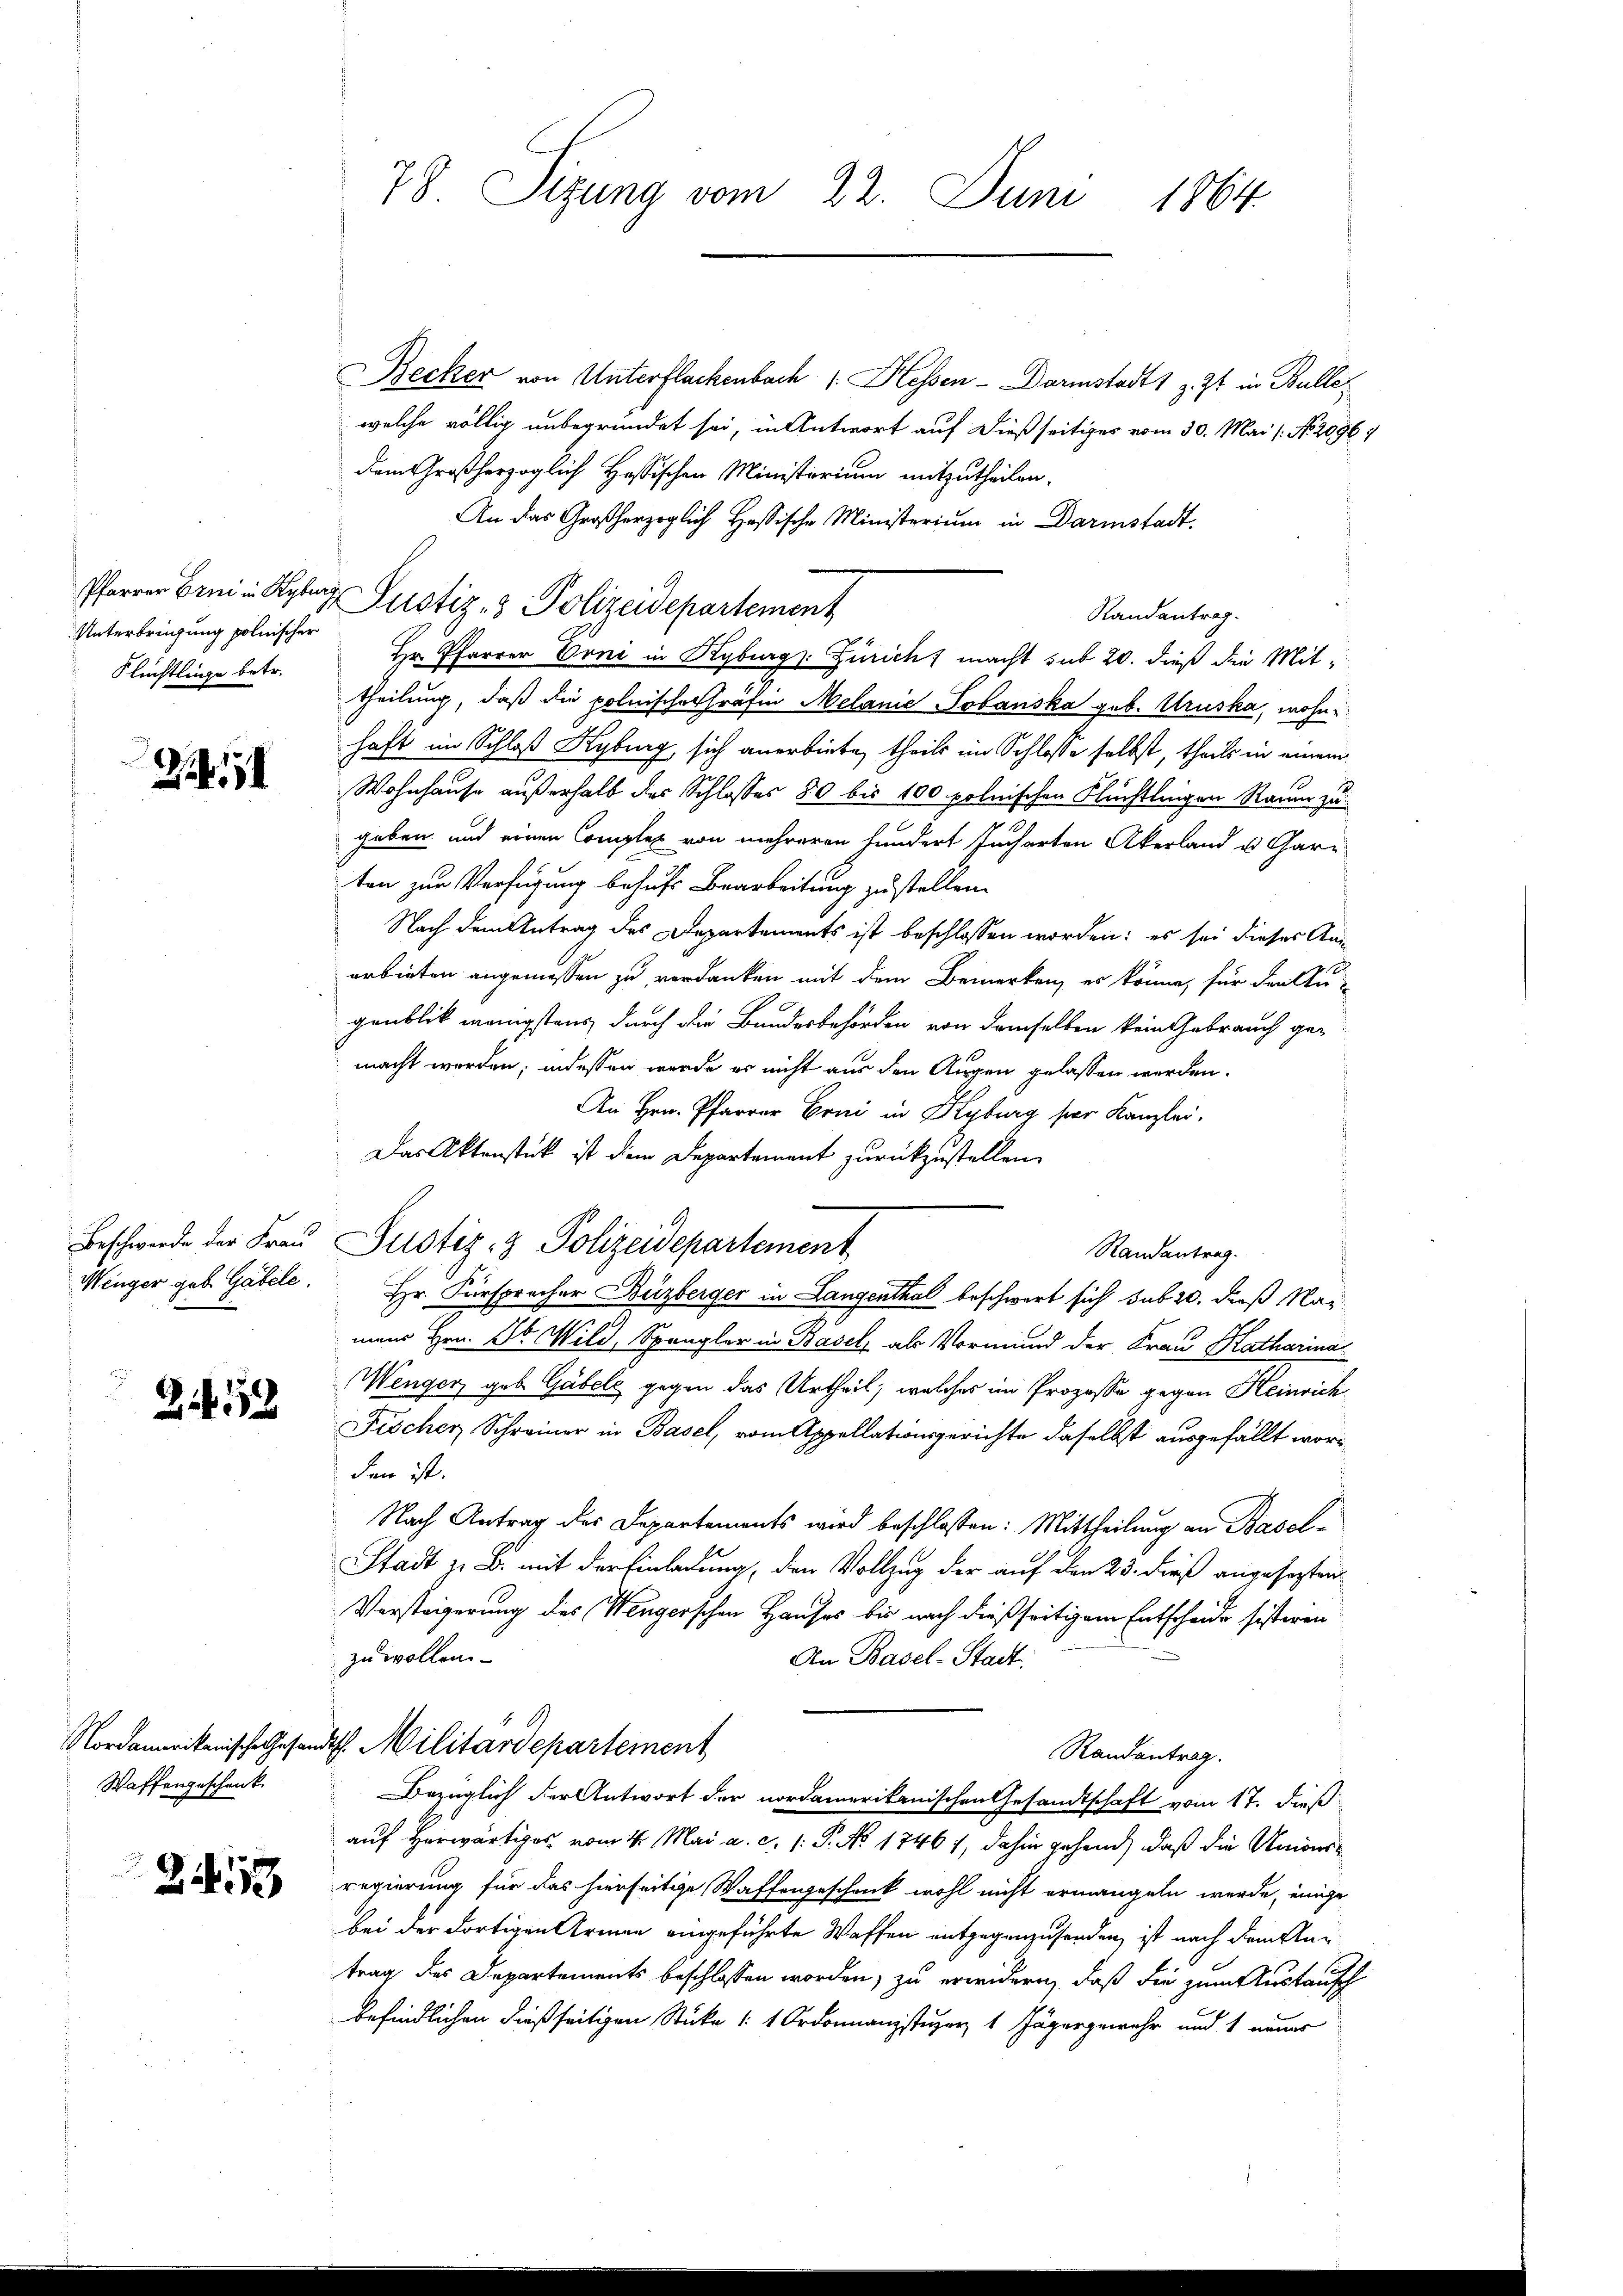
Unterbringung polnischer
Flüchtlinge betr.

24

2452

Waffengeschenk

24113

Becker von Unterflackenbach 1. Hessen - Darmstadt 1 z. Zt. in Bulle
welche völlig unbegründet sei, in Antwort auf dießseitiges vom 30. Mai ( No. 20967
dem Großherzoglich Hassischen Ministerium mitzutheilen.
An das Großherzoglich Hassische Ministerium in Darmstadt.
Randantrag.
Hr. Pfarrer Erni in Kyburg Züricht macht sub 20. dieß die Mit-
theilung, daß die polnische Gräfin Melanić Jobanska geb. Kruska, wohnhaft im Schloß Kyburg sich anerbiete, theils im Schlosse selbst, theils in einem
Wohnhause außerhalb des Schlosses 80 bis 100 polnischen Flüchtlingen Raum zu
geben und einen Complex von mehreren hundert Jucharten Akerland u. Garr
ten zur Verfügung behufs Bearbeitung zustellen.
Nach dem Antrag des Departements ist beschlossen worden; es sei dieses Anarbieten angemessen zu verdanken mit dem Bemerken, es könne, für den Augenblik wenigstens durch die Bundesbehörden von demselben kein Gebrauch ge-
macht werden; indessen werde er nicht aus den Augen gelassen werden.
An Hrn. Pfarrer Erni in Kyburg hier Kanzlei.
Das Aktenstück ist dem Departement zurückzustellen.
Beschwerde der Fraŭ Justiz- & Polizeidepartement
Randantrag.
Wenger geb. Gabele. Hr. Fürsprocher Buzberger in Langenthal beschwert sich sub 20. dieß Marmans Hrn. St. Wild, Spengler in Basel, als Vormund der Frau Katharina
Wenger, geb. Gabels gegen das Urtheil, welches im Prozesse gegen Heinrich
Fischer Schreiner in Basel, vom Appellationsgerichte daselbst ausgefällt worden ist.
Nach Antrag des Departements wird beschlossen: Mittheilung an Basel¬
Stadt z. B. mit der Einladung, den Vollzug der auf den 23. dieß angesezten
Vorsteigerung des Wengerschen Hauses bis nach dießseitigem Entscheide sisteren
zu wollen.
An Basel-Stadt.
119
Nordamerikanische Gesandtsch. Militärdepartement
Randantrag.
Bezüglich der Antwort der nordamerikanischen Gesandtschaft vom 17. dieß
auf herwärtiges vom 4. Mai a. c. 1. P. No 17467, dahin gehend, daß die Unionsregierung für das hierseitige Waffengeschank wohl nicht ermangeln werde, einige
bei der dortigen Armen eingeführte Waffen entgegenzuforden, ist nach dem Antrag des Departements beschlossen worden, zu erwidern, daß die zum Austausch
befindlichen dießseitigen Stücke (: 1 Ordonnanzstuzer, 1 Jägergewehr und 1 neuer

78. Sizung vom 22. Juni 1864.

Pfarrer Erni in Kyburg Justiz- & Polizeidepartement